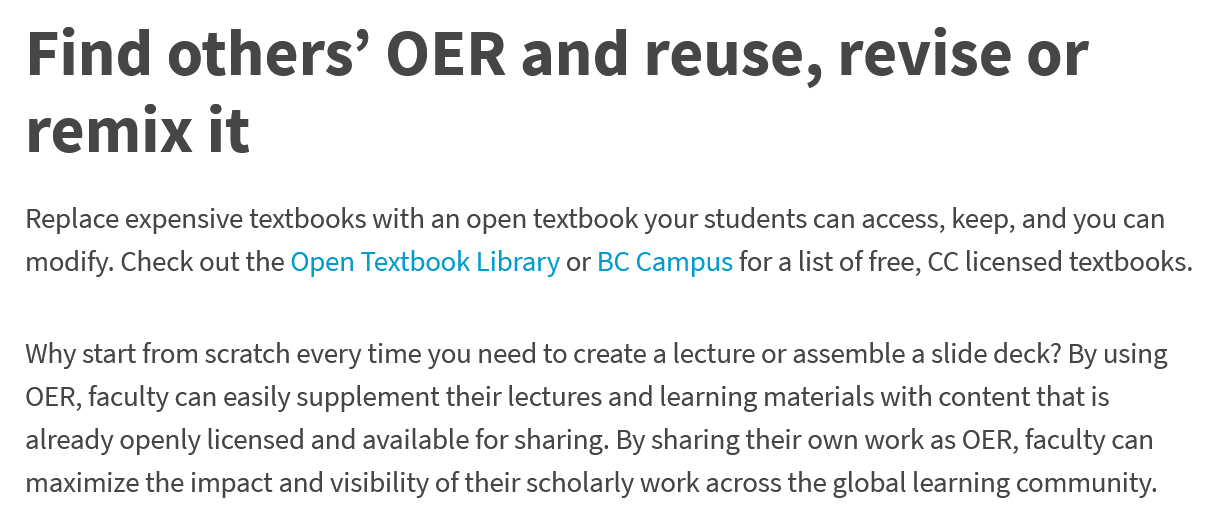
Find    others’    OER    and    reuse,    revise    or
   remix    it
  Replace expensive textbooks with an open textbook your students can access, keep, and you can
  modify. Check out the Open Textbook Library or BC Campus for a list of free, CC licensed textbooks.
  Why start from scratch every time you need to create a lecture or assemble a slide deck? By using
  OER, faculty can easily supplement their lectures and learning materials with content that is
  already openly licensed and available for sharing. By sharing their own work as OER, faculty can
  maximize the impact and visibility of their scholarly work across the global learning community.